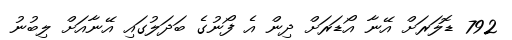
792 ޑޮލަރަށް އޭނާ އޯޑަރަށް ދިން އެ ފޯނުގެ ބަދަލުގައި އޭނާއަށް ލިބުނު